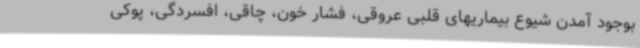
بوجود آمدن شیوع بیماریهای قلبی عروقی، فشار خون، چاقی، افسردگی، پوکی